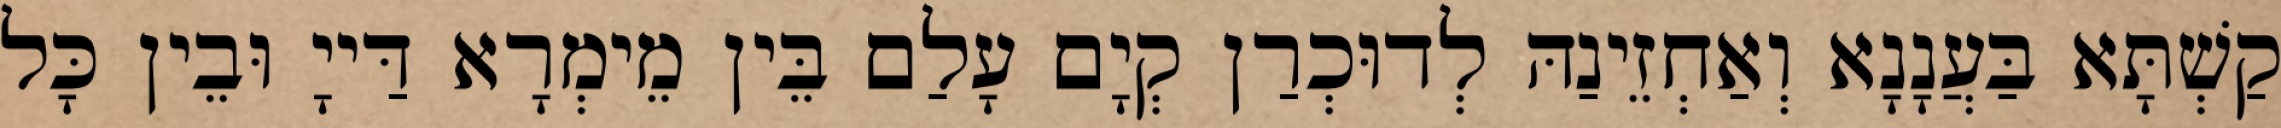
קַשְׁתָּא בַּעֲנָנָא וְאַחְזֵינַהּ לְדוּכְרַן קְיָם עָלַם בֵּין מֵימְרָא דַּייָ וּבֵין כָּל